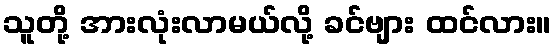
သူတို့ အားလုံးလာမယ်လို့ ခင်ဗျား ထင်လား။